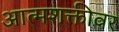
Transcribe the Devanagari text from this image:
आत्मशक्तीवर